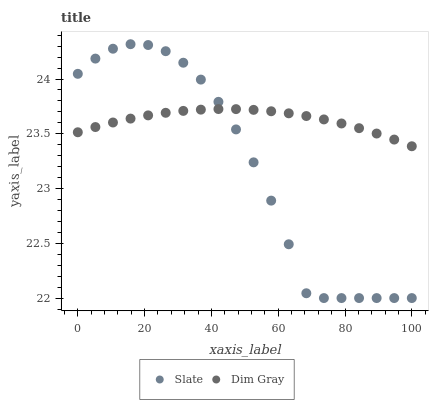
| xaxis_label | Slate | Dim Gray |
 | --- | --- | --- |
 | 0 | 24 | 23.5 |
 | 5.26 | 24.2 | 23.6 |
 | 10.5 | 24.3 | 23.6 |
 | 15.8 | 24.3 | 23.6 |
 | 21.1 | 24.3 | 23.7 |
 | 26.3 | 24.3 | 23.7 |
 | 31.6 | 24.1 | 23.7 |
 | 36.8 | 24 | 23.7 |
 | 42.1 | 23.8 | 23.7 |
 | 47.4 | 23.5 | 23.7 |
 | 52.6 | 23.2 | 23.7 |
 | 57.9 | 22.9 | 23.7 |
 | 63.2 | 22.5 | 23.7 |
 | 68.4 | 22 | 23.7 |
 | 73.7 | 22 | 23.6 |
 | 78.9 | 22 | 23.6 |
 | 84.2 | 22 | 23.6 |
 | 89.5 | 22 | 23.5 |
 | 94.7 | 22 | 23.4 |
 | 100 | 22 | 23.4 |